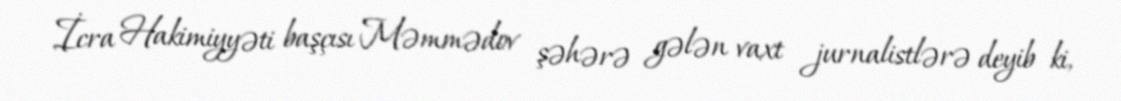
İcra Hakimiyyəti başçısı Məmmədov şəhərə gələn vaxt jurnalistlərə deyib ki,